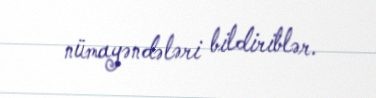
nümayəndələri bildiriblər.